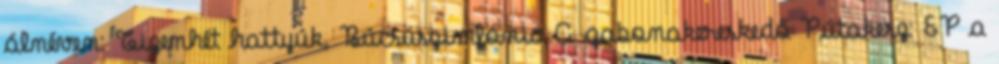
álnéven: Tizenhét hattyúk, Búcsúszimfónia A gabonakereskedő Pútakesz: EP a